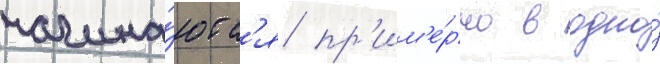
начина́ютс'я пр'им'е́рно в одно́